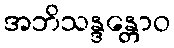
အဘိသန္ဒန္တောဝ